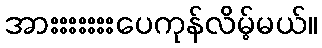
အားးးးးးးပေကုန်လိမ့်မယ်။